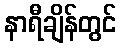
နာရီချိန်တွင်